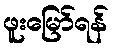
ဖူးမြော်ရန်